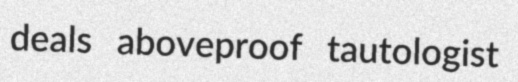
deals aboveproof tautologist